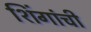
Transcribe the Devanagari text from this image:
शिंगांची